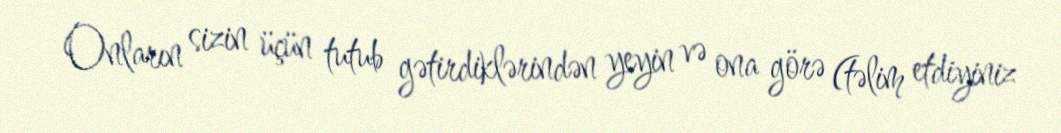
Onların sizin üçün tutub gətirdiklərindən yeyin və ona görə (təlim etdiyiniz